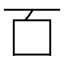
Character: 𫩑